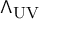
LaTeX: \Lambda _ { \mathrm { U V } }